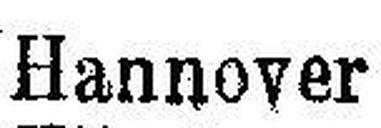
Hannover